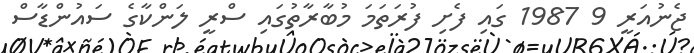
ޖެނުއަރީ 9 1987 ގައި ފެށި ފުރަތަމަ މުބާރާތުގައި ސްރީ ލަންކާގެ ސައުންޑާސް